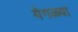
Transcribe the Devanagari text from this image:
येगळ्या